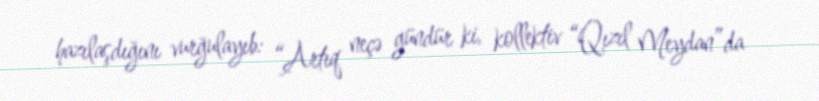
hazılaşdığını vurğulayıb: “Artıq neçə gündür ki, kollektiv “Qızıl Meydan”da